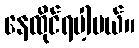
နေထိုင်ရပါ့မယ်။